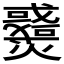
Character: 𤒓